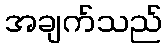
အချက်သည်